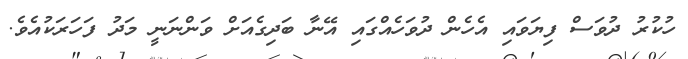
ހުކުރު ދުވަސް ފިޔަވައި އެހެން ދުވަހެއްގައި އޭނާ ބަދިގެއަށް ވަންނަނީ މަދު ފަހަރަކުއެވެ.